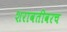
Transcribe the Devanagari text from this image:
शरावतीवरच